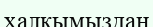
халқымыздан